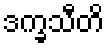
ဒက္ခသီတိ